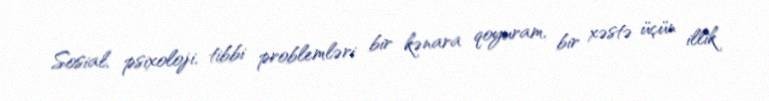
Sosial, psixoloji, tibbi problemləri bir kənara qoyuram, bir xəstə üçün illik